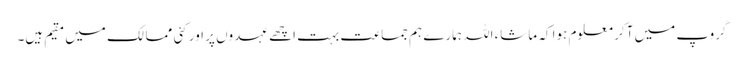
گروپ میں آ کر معلوم ہوا کہ ماشاء اللہ ہمارے ہم جماعت بہت اچھے عہدوں پر اور کئی ممالک میں مقیم ہیں۔